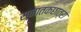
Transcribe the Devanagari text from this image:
स्नातकछात्रा